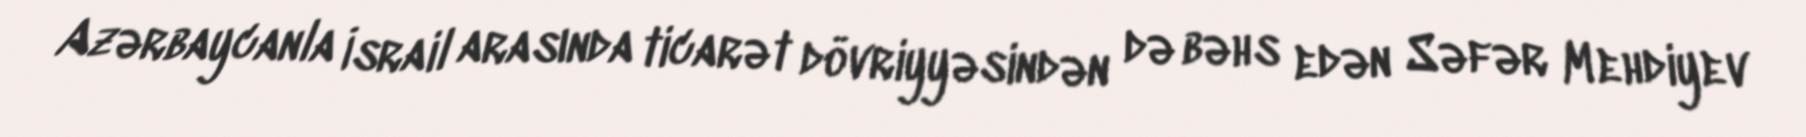
Azərbaycanla İsrail arasında ticarət dövriyyəsindən də bəhs edən Səfər Mehdiyev